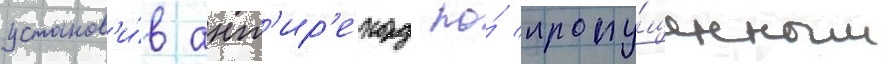
установ'и́в ант'ир'екорд по́ пропу́щенным